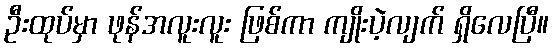
ဦးထုပ်မှာ ဖုန်အလူးလူး ဖြစ်ကာ ကျိုးပဲ့လျက် ရှိလေပြီ။